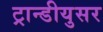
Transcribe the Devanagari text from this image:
ट्रान्डीयुसर